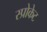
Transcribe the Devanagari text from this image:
स्प्रोकेट